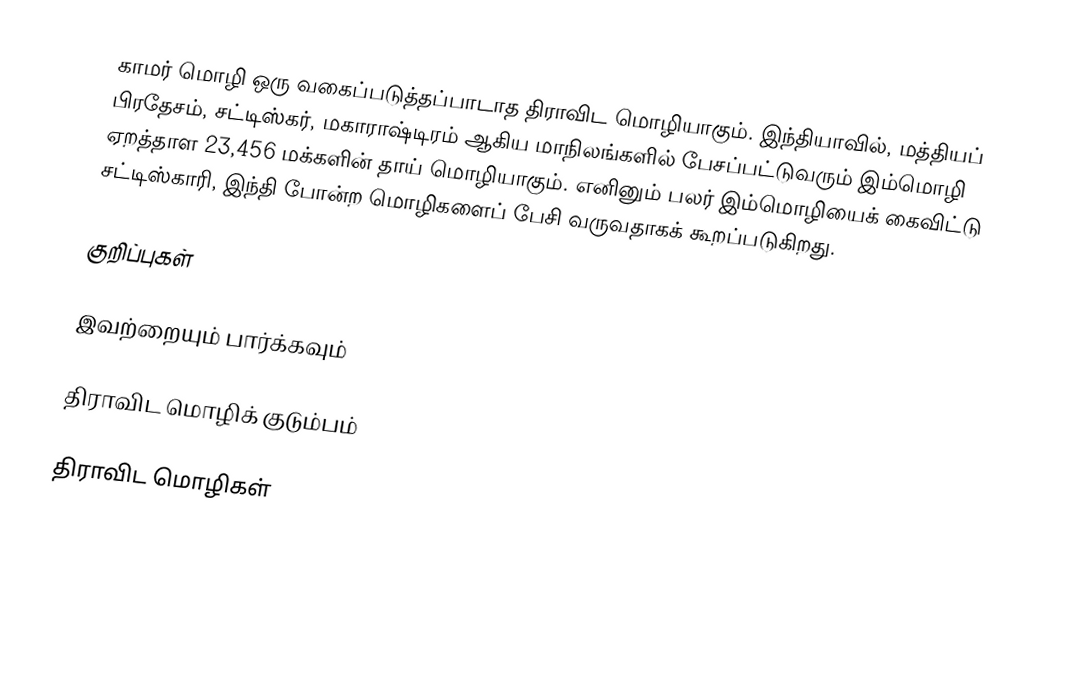
காமர் மொழி ஒரு வகைப்படுத்தப்பாடாத திராவிட மொழியாகும். இந்தியாவில், மத்தியப் பிரதேசம், சட்டிஸ்கர், மகாராஷ்டிரம் ஆகிய மாநிலங்களில் பேசப்பட்டுவரும் இம்மொழி ஏறத்தாள 23,456 மக்களின் தாய் மொழியாகும். எனினும் பலர் இம்மொழியைக் கைவிட்டு சட்டிஸ்காரி, இந்தி போன்ற மொழிகளைப் பேசி வருவதாகக் கூறப்படுகிறது.

குறிப்புகள்

இவற்றையும் பார்க்கவும்

 திராவிட மொழிக் குடும்பம்

திராவிட மொழிகள்